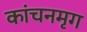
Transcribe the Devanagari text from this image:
कांचनमृग